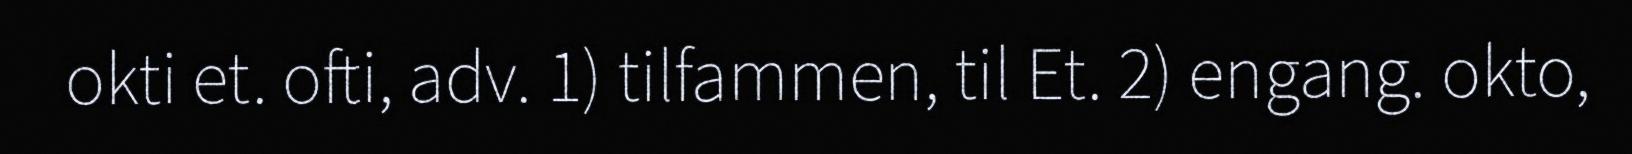
okti et. ofti, adv. 1) tilfammen, til Et. 2) engang. okto,